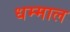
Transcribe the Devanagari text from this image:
धम्माल